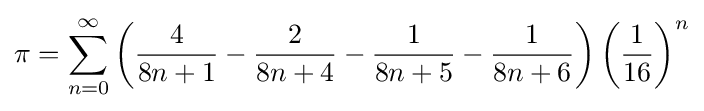
\pi =\sum _{n=0}^{\infty }\left({\frac {4}{8n+1}}-{\frac {2}{8n+4}}-{\frac {1}{8n+5}}-{\frac {1}{8n+6}}\right)\left({\frac {1}{16}}\right)^{n}